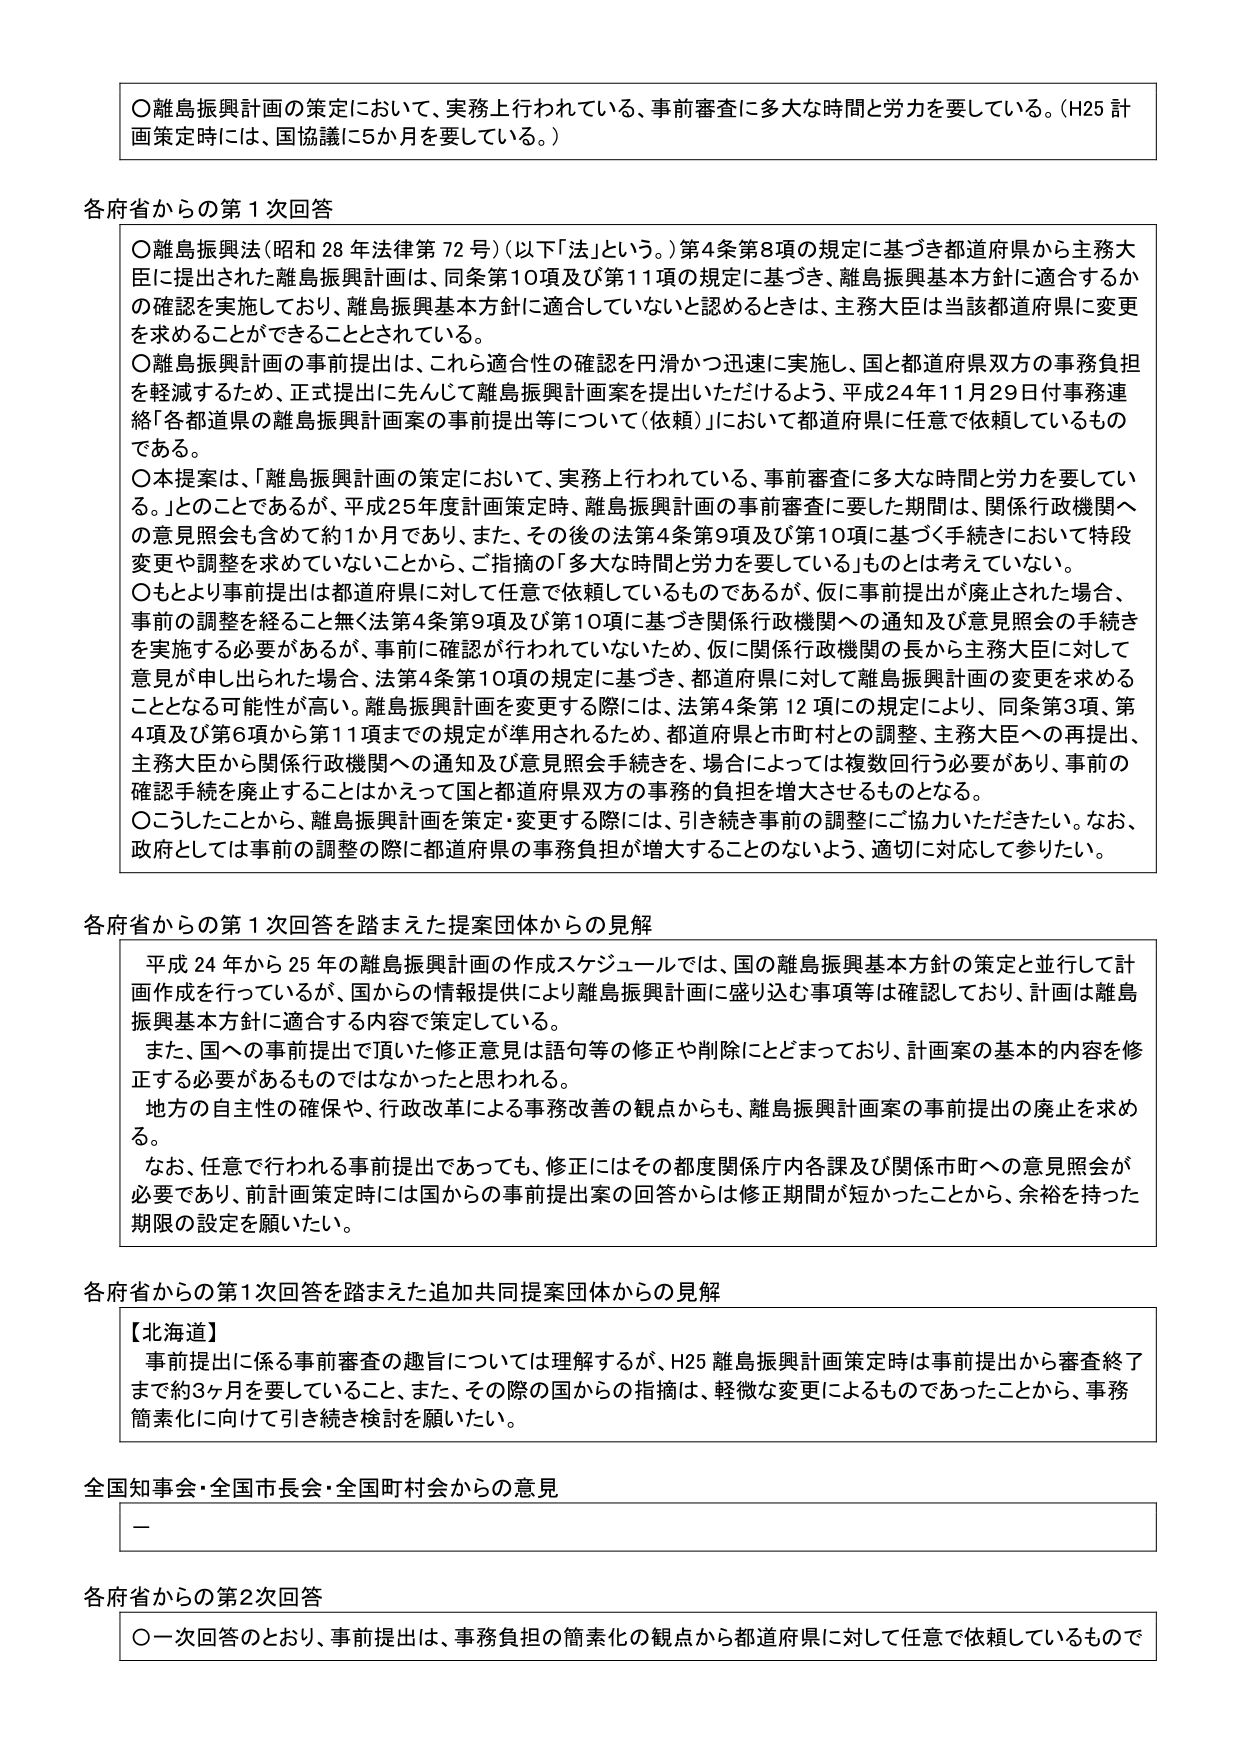
〇離島振興計画の策定において、実務上行われている、事前審査に多大な時間と労力を要している。(H25 計画策定時には、国協議に5か月を要している。)

各府省からの第1次回答

〇離島振興法(昭和28年法律第72号)(以下「法」という。)第4条第8項の規定に基づき都道府県から主務大臣に提出された離島振興計画は、同条第10項及び第11項の規定に基づき、離島振興基本方針に適合するかの確認を実施しており、離島振興基本方針に適合していないと認めるときは、主務大臣は当該都道府県に変更を求めることができることとされている。

〇離島振興計画の事前提出は、これら適合性の確認を円滑かつ迅速に実施し、国と都道府県双方の事務負担を軽減するため、正式提出に先んじて離島振興計画案を提出いただけるよう、平成24年11月29日付事務連絡「各都道県の離島振興計画案の事前提出等について(依頼)」において都道府県に任意で依頼しているものである。

〇本提案は、「離島振興計画の策定において、実務上行われている、事前審査に多大な時間と労力を要している。」とのことであるが、平成25年度計画策定時、離島振興計画の事前審査に要した期間は、関係行政機関への意見照会も含めて約1か月であり、また、その後の法第4条第9項及び第10項に基づく手続きにおいて特段変更や調整を求めていないことから、ご指摘の「多大な時間と労力を要している」ものとは考えていない。

〇もとより事前提出は都道府県に対して任意で依頼しているものであるが、仮に事前提出が廃止された場合、事前の調整を経ること無く法第4条第9項及び第10項に基づき関係行政機関への通知及び意見照会の手続きを実施する必要があるが、事前に確認が行われていないため、仮に関係行政機関の長から主務大臣に対して意見が申し出られた場合、法第4条第10項の規定に基づき、都道府県に対して離島振興計画の変更を求めることがなる可能性が高い。離島振興計画を変更する際には、法第4条第12項にの規定により、同条第3項、第4項及び第6項から第11項までの規定が準用されるため、都道府県と市町村との調整、主務大臣への再提出、主務大臣から関係行政機関への通知及び意見照会手続きを、場合によっては複数回行う必要があり、事前の確認手続を廃止することはかえって国と都道府県双方の事務の負担を増大させるものとなる。

〇こうしたことから、離島振興計画を策定・変更する際には、引き続き事前の調整にご協力いただきたい。なお、政府としては事前の調整の際に都道府県の事務負担が増大することのないよう、適切に対応して参りたい。

各府省からの第1次回答を踏まえた提案団体からの見解

平成24年から25年の離島振興計画の作成スケジュールでは、国の離島振興基本方針の策定と並行して計画作成を行っているが、国からの情報提供により離島振興計画に盛り込む事項等は確認しており、計画は離島振興基本方針に適合する内容で策定している。

また、国への事前提出で頂いた修正意見は語句等の修正や削除にとどまっており、計画案の基本的内容を修正する必要があるものではなかったと思われる。

地方の自主性の確保や、行政改革による事務改善の観点からも、離島振興計画案の事前提出の廃止を求める。

なお、任意で行われる事前提出であっても、修正にはその都度関係庁内各課及び関係市町への意見照会が必要であり、前計画策定時には国からの事前提出案の回答からは修正期間が短かったことから、余裕を持った期限の設定を願いたい。

各府省からの第1次回答を踏まえた追加共同提案団体からの見解

【北海道】
事前提出に係る事前審査の趣旨については理解するが、H25離島振興計画策定時は事前提出から審査終了まで約3ヶ月を要していること、また、その際の国からの指摘は、軽微な変更によるものであったことから、事務簡素化に向けて引き続き検討を願いたい。

全国知事会・全国市長会・全国町村会からの意見

—

各府省からの第2次回答

〇一次回答のとおり、事前提出は、事務負担の簡素化の観点から都道府県に対して任意で依頼しているもので